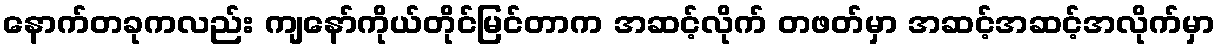
နောက်တခုကလည်း ကျနော်ကိုယ်တိုင်မြင်တာက အဆင့်လိုက် တဖတ်မှာ အဆင့်အဆင့်အလိုက်မှာ